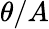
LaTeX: \theta/A